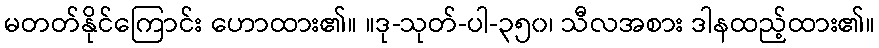
မတတ်နိုင်ကြောင်း ဟောထား၏။ ။ဒု-သုတ်-ပါ-၃၅၀၊ သီလအစား ဒါနထည့်ထား၏။